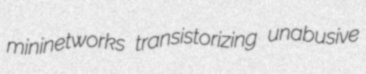
mininetworks transistorizing unabusive